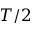
T / 2